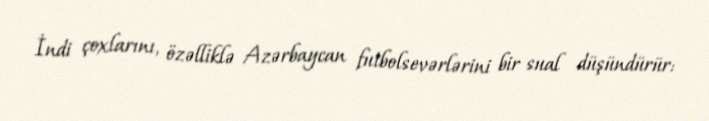
İndi çoxlarını, özəlliklə Azərbaycan futbolsevərlərini bir sual düşündürür: